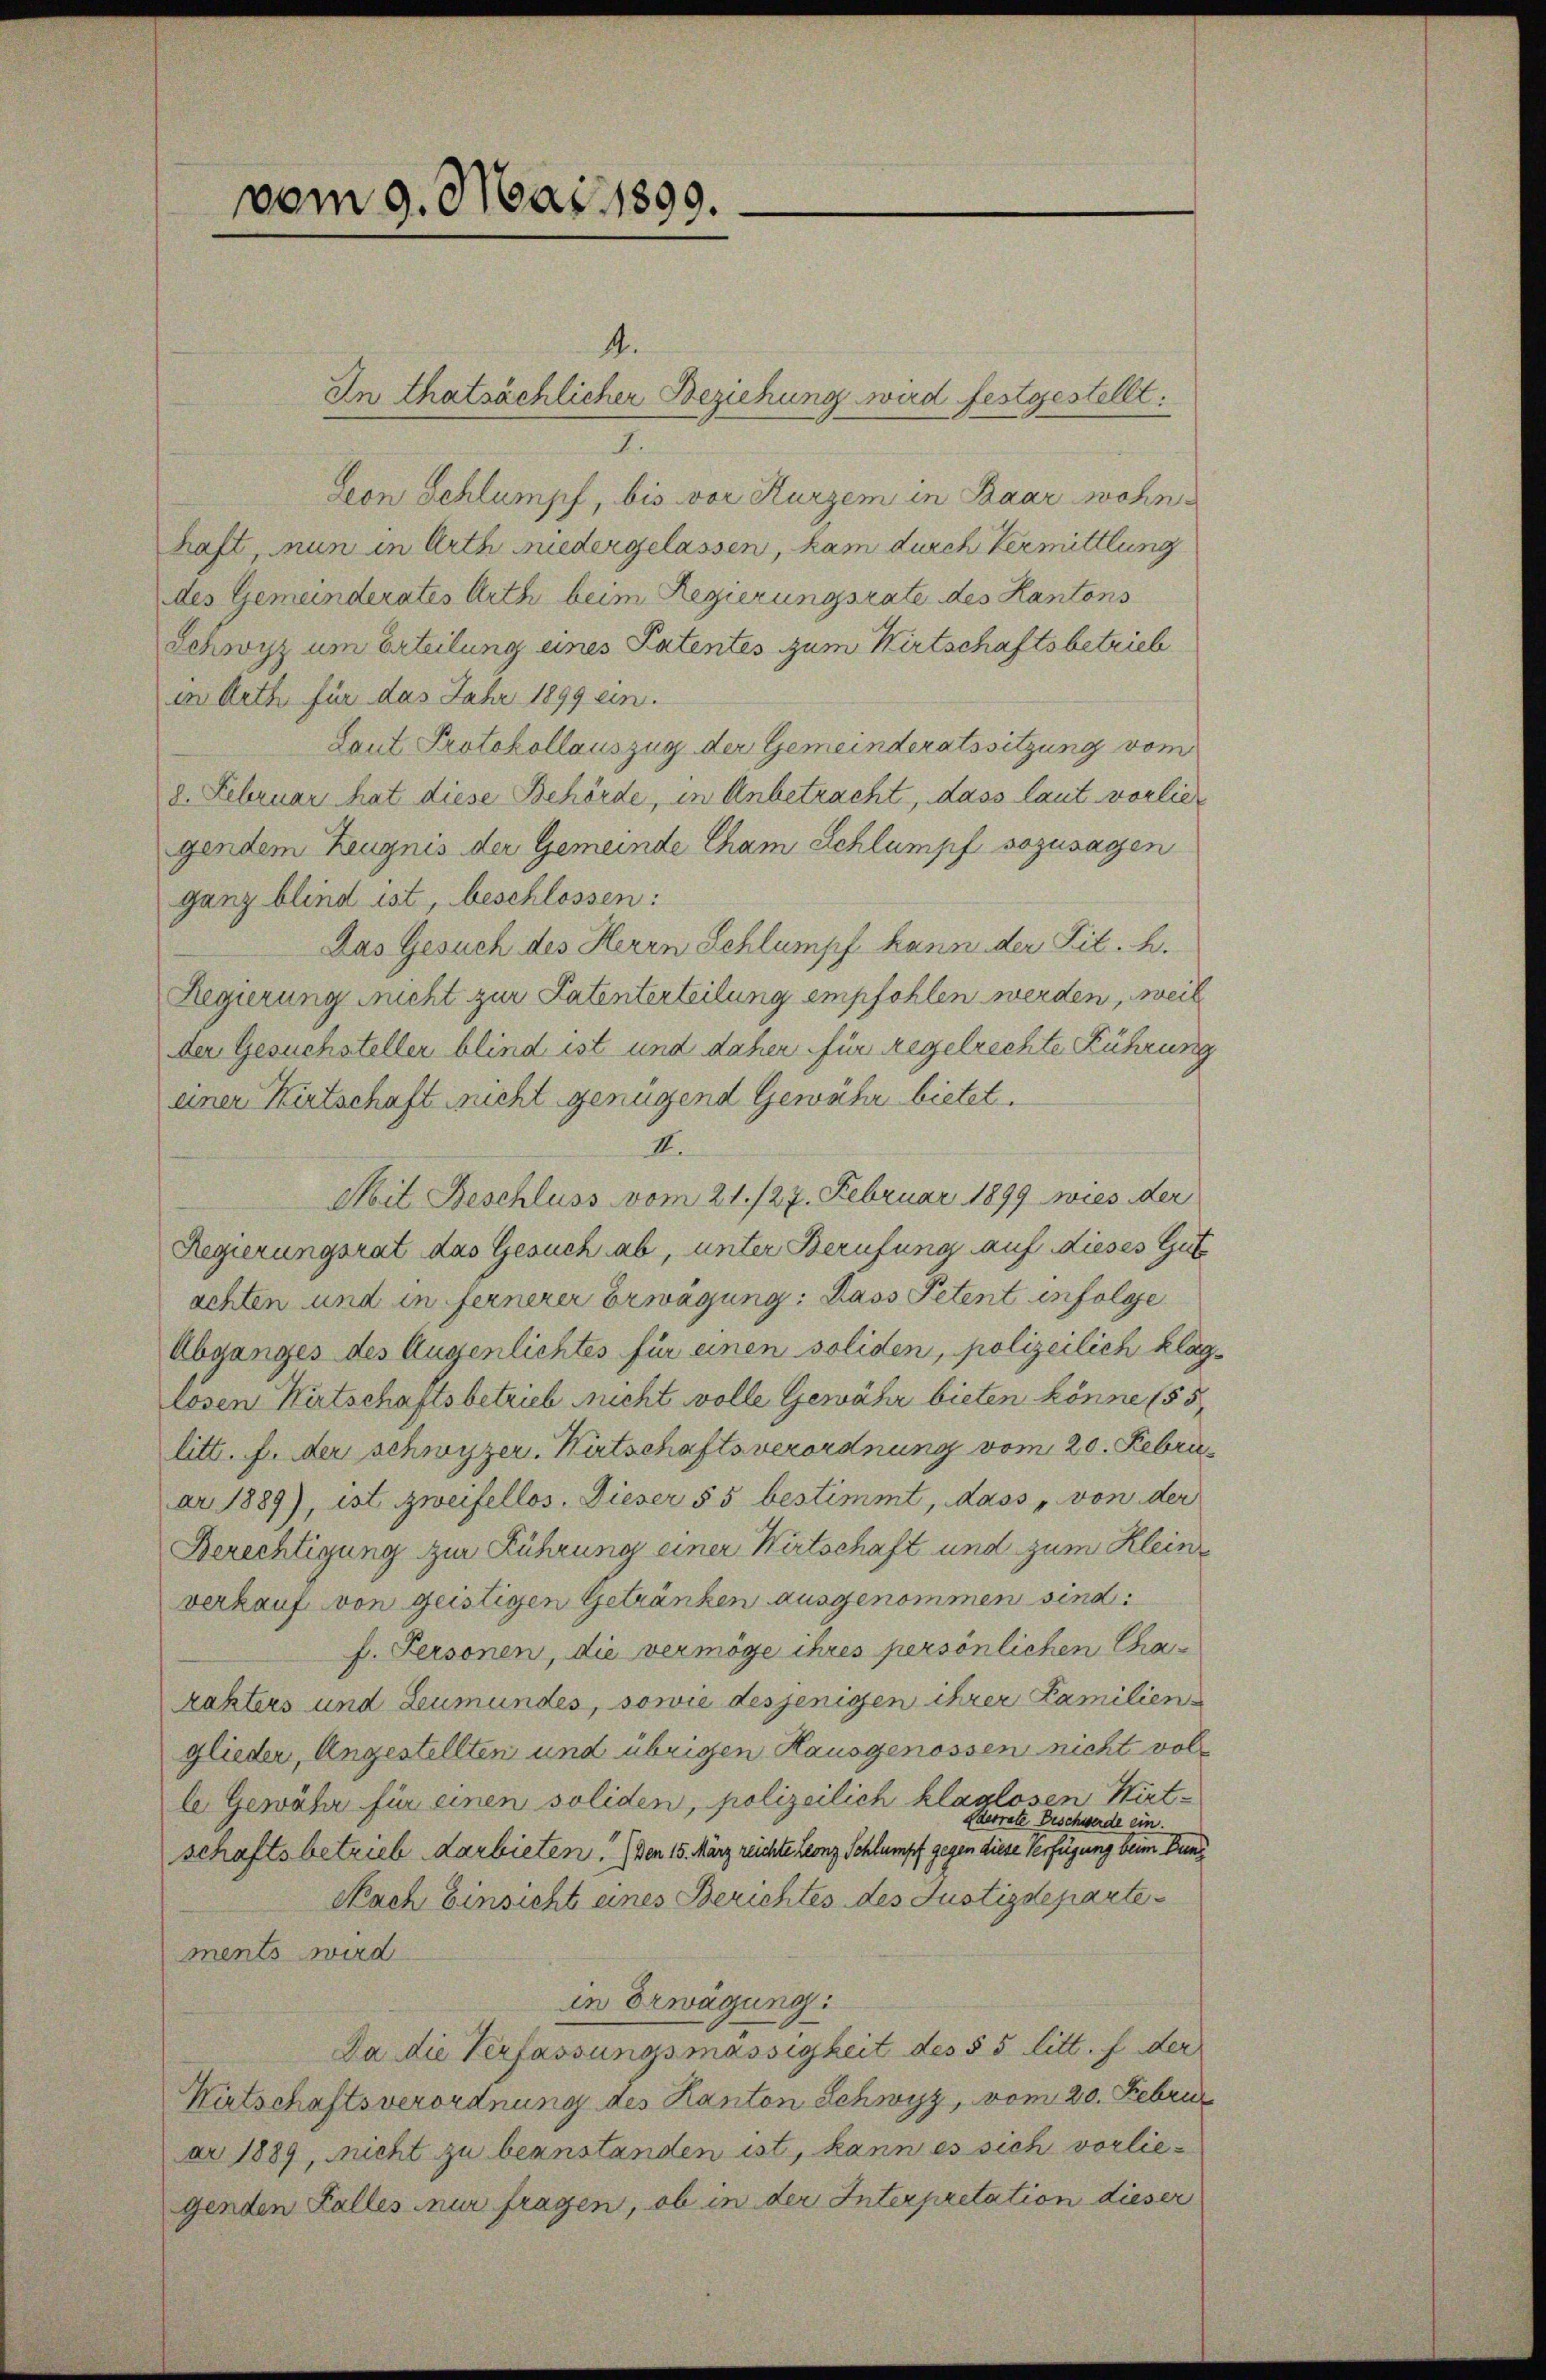
vom 9. Mai 1899.

In thatsächlicher Beziehung wird festgestellt:
I.
Seon Schlumpf, bis vor Kurzem in Baar wohnhaft, nun in Arth niedergelassen, kam durch Vermittlung
des Gemeinderates Arth beim Regierungsrate des Kantons
Schwyz um Erteilung eines Patentes zum Wirtschaftsbetrieb
in Arth für das Jahr 1899 ein.
Laut Protokollauszug der Gemeinderatssitzung vom
8. Februar hat diese Behörde, in Anbetracht, dass laut vorliegendem Zeugnis der Gemeinde Cham Schlumpf sozusagen
ganz blind ist, beschlossen:
Das Gesuch des Herrn Schlumpf kann der Lit. h.
Regierung nicht zur Patenterteilung empfohlen werden, weil
der Gesuchsteller blind ist und daher für Regelrechte Führung
einer Wirtschaft nicht genügend Gewähr bietet.
II.
Mit Beschluss vom 21. 127. Februar 1899 wies der
Regierungsrat das Gesuch ab, unter Berufung auf dieses Gut
achten und in fernerer Erwägung: Dass Petent infolge
Abganges des Augenlichtes für einen soliden, polizeilich klaglosen Kutschaftsbetrieb sucht volle Gewähr bieten könne (55
litt. f. der Schwyzer. Wirtschaftsverordnung vom 20. Februar 1889), ist zweifellos. Dieser § 5 bestimmt, dass „von der
Berechtigung zur Führung einer Wirtschaft und zum Kleinverkauf von geistigen Getränken ausgenommen sind:
h. Personen, die vermöge ihres persönlichen Charakters und Leumundes, sowie desjenigen ihrer Familienglieder, Angestellten und übrigen Hausgenossen nicht volle Gewähr für einen soliden, polizeilich klaglosen Wirt-
Heirate Beschwerde ein.
schaftsbetrieb darbieten. Den 15. März reichte Leonz Schlumpf gegen diese Verfügung beim Bund
Nach Einsicht eines Berichtes des Justizdepartements wird
in Erwägung:
Da die Verfassungsmässigkeit des § 5 litt. f der
Wirtschaftsverordnung des Kanton Schwyz, vom 20. Februr
ar 1889, nicht zu beanstanden ist, kann es sich vorliegenden Falles nur fragen, ob in der Interpretation dieser

4.